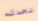
تحدثه